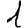
Digit: 1